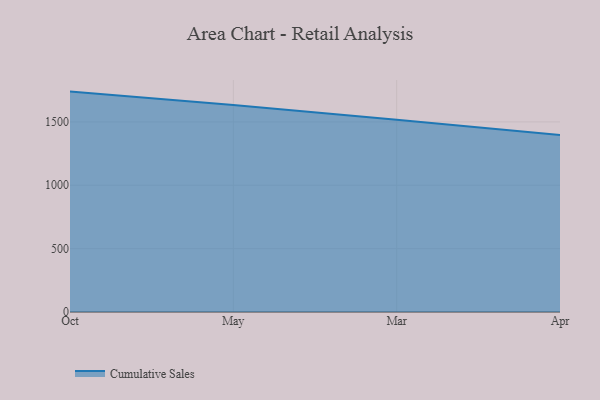
{"axis": {"x": "Month", "y": "Inventory Turnover"}, "legend": ["Cumulative Sales"], "data": [{"x": "Oct", "y": 1739.1, "type": "Cumulative Sales"}, {"x": "May", "y": 1632.4, "type": "Cumulative Sales"}, {"x": "Mar", "y": 1516.9, "type": "Cumulative Sales"}, {"x": "Apr", "y": 1396.0, "type": "Cumulative Sales"}]}